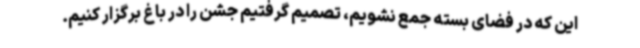
این که در فضای بسته جمع نشویم، تصمیم گرفتیم جشن را در باغ برگزار کنیم.